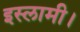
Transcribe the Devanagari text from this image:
इस्लामी।